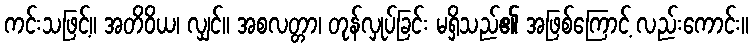
ကင်းသဖြင့်။ အတိဝိယ၊ လျှင်။ အစလတ္တာ၊ တုန်လှုပ်ခြင်း မရှိသည်၏ အဖြစ်ကြောင့် လည်းကောင်း။